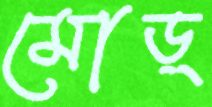
মোড়্‌